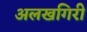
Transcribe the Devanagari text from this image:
अलखगिरी